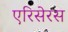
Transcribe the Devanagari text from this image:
एरिसेरस